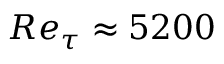
{ R } e _ { \tau } \approx 5 2 0 0